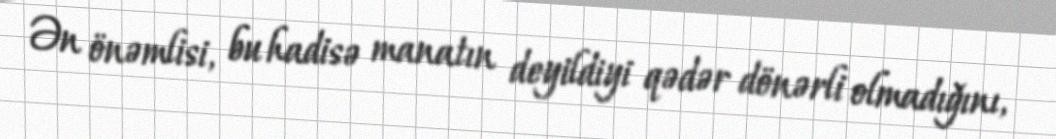
Ən önəmlisi, bu hadisə manatın deyildiyi qədər dönərli olmadığını,